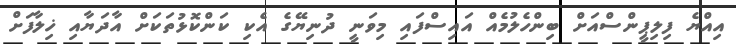
އިއްޔެ ފިލިޕީންސްއަށް ބިންހެލުމެއް އައިސްފައި މިވަނީ ދުނިޔޭގެ އެކި ކަންކޮޅުތަކަށް އާދަޔާއި ޚިލާފަށް